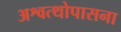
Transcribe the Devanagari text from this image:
अश्वत्थोपासना